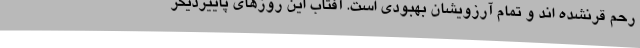
رحم قرنشده اند و تمام آرزویشان بهبودی است. آفتاب این روزهای پاییزدیگر